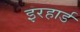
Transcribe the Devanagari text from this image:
इरहार्ड